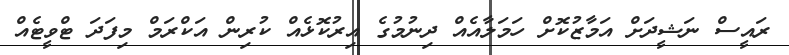
ރައީސް ނަޝީދަށް އަމާޒުކޮށް ހަމަލާއެއް ދިނުމުގެ އިރުކޮޅެއް ކުރިން އަކްރަމް މިފަދަ ޓްވީޓެއް